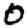
Digit: 0